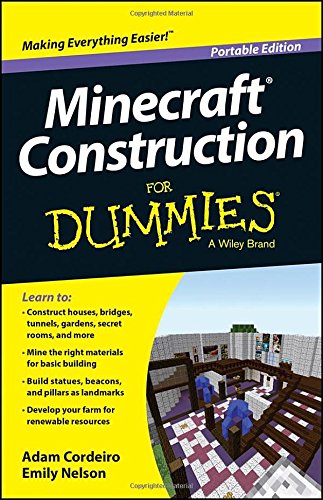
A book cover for Minecraft Construction For Dummies; Adam Cordeiro; Humor & Entertainment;